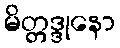
မိတ္တဒ္ဒုနော